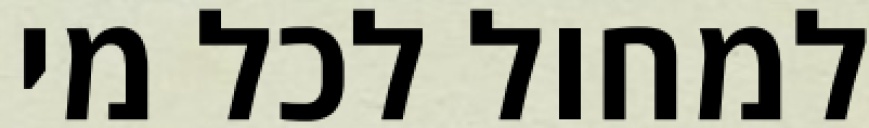
למחול לכל מי